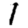
Digit: 1